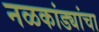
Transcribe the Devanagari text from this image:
नळकांड्यांचा